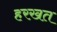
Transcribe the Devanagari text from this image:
हरखत